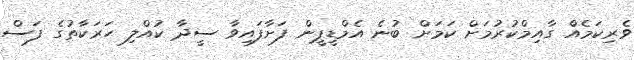
ވެރިކަމެއް ގާއިމްކުރުމަށް ކަމަށް ބުނެ އެމްޑީޕީން ފަށާފައިވާ ސީދާ ކުއްލި ހަރަކާތުގެ ފަސް